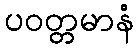
ပဝတ္တမာနံ